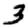
Digit: 3